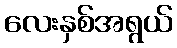
လေးနှစ်အရွယ်